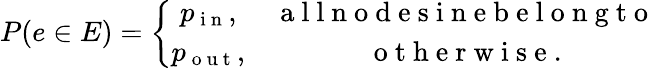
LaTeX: \begin{array}{r}{P(e\in E)=\left\{ \begin{array}{cc}{p_{\mathrm{~i~n~}},}&{\mathrm{~a~l~l~n~o~d~e~s~i~n~e~b~e~l~o~n~g~t~o~}}\\ {p_{\mathrm{~o~u~t~}},}&{\mathrm{~o~t~h~e~r~w~i~s~e~}.}\end{array}\right.}\end{array}